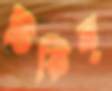
টিকিন্‌